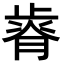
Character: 𣦒